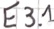
Text: E3.1